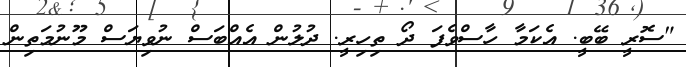
"ސޮރީ ބޭބީ. އެކަމާ ހާސްވެފަ ދޯ ތިހިރީ. ދުލުން އެއްބަސް ނުވިޔަސް މޫނުމަތިން